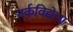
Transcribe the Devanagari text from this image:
तर्कविद्येचा